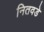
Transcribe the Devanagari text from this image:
नितवडे